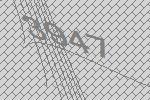
3947